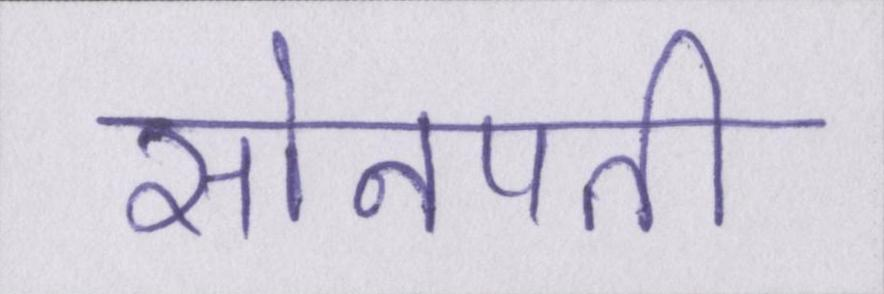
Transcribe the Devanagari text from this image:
सोनपती